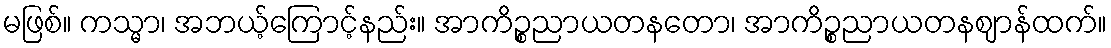
မဖြစ်။ ကသ္မာ၊ အဘယ့်ကြောင့်နည်း။ အာကိဉ္စညာယတနတော၊ အာကိဉ္စညာယတနဈာန်ထက်။